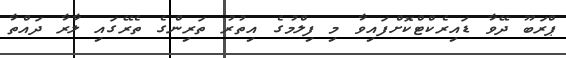
ޕްރަބޫ ދޭވާ ޑައިރެކްޓްކޮށްފައިވާ މި ފިލްމުގެ އިތުރު ތަރިންގެ ތެރޭގައި ލާރާ ދައްތާ